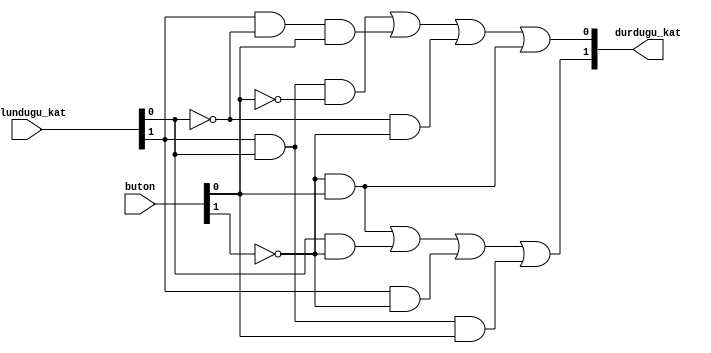
`timescale 1ns / 1ps

module asansor(
    input [1:0] bulundugu_kat, buton,
    output [1:0] durdugu_kat   
    );
    
    wire [1:0] not_bulundugu_kat, not_buton;
    
    not (not_bulundugu_kat[1], bulundugu_kat[1]); //A
    not (not_bulundugu_kat[0], bulundugu_kat[0]); //B
    
    not (not_buton[0], buton[0]); //D
    not (not_buton[1], buton[1]); //C
    
    //durdugu_kat[1]
    wire nCD, BnC, AnC, ABD;
    
    and (nCD, not_buton[1], buton[0]);
    and (BnC, bulundugu_kat[0], not_buton[1]);
    and (AnC, bulundugu_kat[1], not_buton[1]);
    and (ABD, bulundugu_kat[1], bulundugu_kat[0], buton[0]);
    
    or (durdugu_kat[1], nCD, BnC, AnC, ABD);
    
    //durdugu_kat[0]
    wire ABnD, AnBD, nBnC;
    
    and (ABnD, bulundugu_kat[1], bulundugu_kat[0], not_buton[0]);
    and (AnBD, bulundugu_kat[1], not_bulundugu_kat[0], buton[0]);
    and (nBnC, not_bulundugu_kat[0], not_buton[1]);
  
    or (durdugu_kat[0], ABnD, AnBD, nBnC, nCD);
         
endmodule